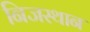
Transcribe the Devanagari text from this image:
निजस्थान